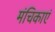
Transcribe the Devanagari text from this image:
मंचिकाएं